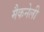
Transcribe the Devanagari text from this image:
मैकनेली